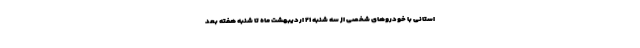
استانی با خودروهای شخصی از سه شنبه ۲۱ اردیبهشت ماه تا شنبه هفته بعد